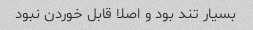
بسیار تند بود و اصلا قابل خوردن نبود